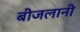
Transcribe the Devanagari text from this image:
बीजलानी